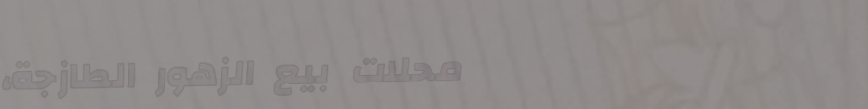
محلات بيع الزهور الطازجة،